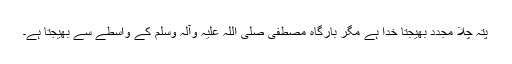
پتہ چلا مجدد بھیجتا خدا ہے مگر بارگاہِ مصطفی صلی اللہ علیہ وآلہ وسلم کے واسطے سے بھیجتا ہے۔